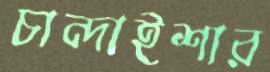
চান্দাইশার